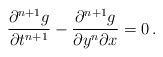
\begin{align*}{\partial^{n+1} g \over \partial t^{n+1}} -{\partial^{n+1} g \over \partial y^n \partial x} = 0\,.\end{align*}